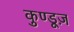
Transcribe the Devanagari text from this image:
कुण्डूज़